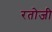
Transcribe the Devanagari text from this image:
रतोजी